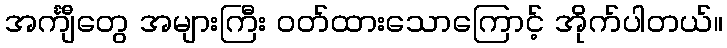
အင်္ကျီတွေ အများကြီး ဝတ်ထားသောကြောင့် အိုက်ပါတယ်။